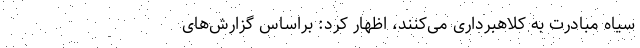
سیاه مبادرت به کلاهبرداری می‌‌کنند، اظهار کرد: براساس گزارش‌‌های